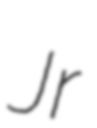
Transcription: Jr